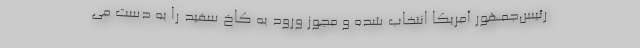
رئیس‌جمهور آمریکا انتخاب شده و مجوز ورود به کاخ سفید را به دست می